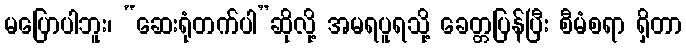
မပြောပါဘူး၊ “ဆေးရုံတက်ပါ”ဆိုလို့ အမရပူရသို့ ခေတ္တပြန်ပြီး စီမံစရာ ရှိတာ